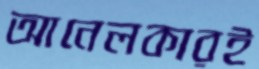
আনেলকারই